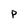
Character: P